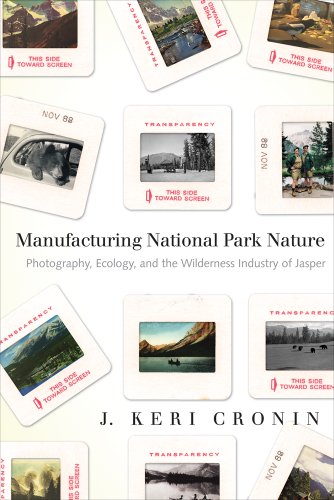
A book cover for Manufacturing National Park Nature: Photography, Ecology, and the Wilderness Industry of Jasper (Nature | History | Society Series); J. Keri Cronin; Travel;